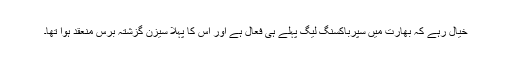
خیال رہے کہ بھارت میں سپرباکسنگ لیگ پہلے ہی فعال ہے اور اس کا پہلا سیزن گزشتہ برس منعقد ہوا تھا۔